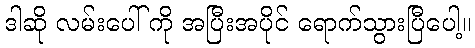
ဒါဆို လမ်းပေါ် ကို အပြီးအပိုင် ရောက်သွားပြီပေါ့။